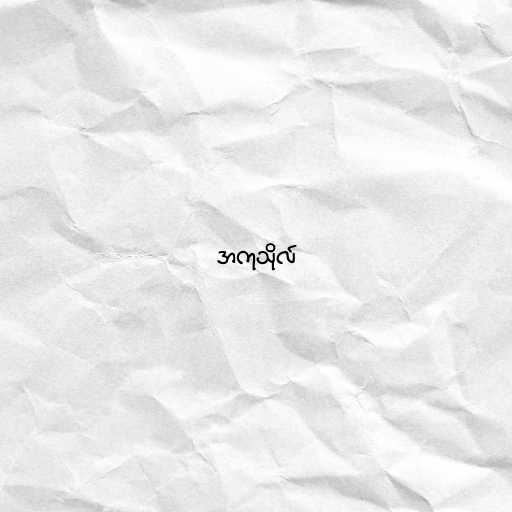
အကုသိုလ်